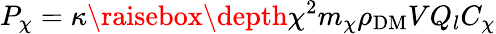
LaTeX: P_{\chi}=\kappa\raisebox{\depth}{\chi}^{2}m_{\chi}\rho_{\mathrm{DM}}VQ_{l}C_{\chi}